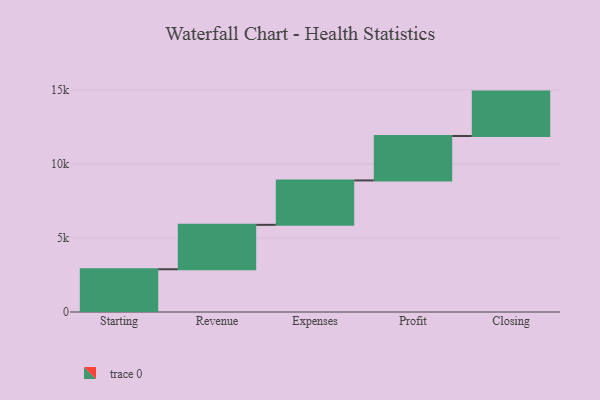
{"axis": {"x": "Step", "y": "Value"}, "legend": [""], "data": [{"x": "Starting", "y": 2888.0, "type": ""}, {"x": "Revenue", "y": 3000, "type": ""}, {"x": "Expenses", "y": 3000, "type": ""}, {"x": "Profit", "y": 3000, "type": ""}, {"x": "Closing", "y": 3000, "type": ""}]}